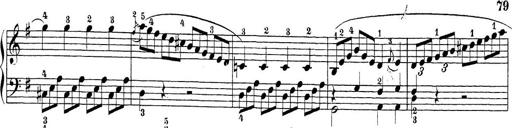
Title: Sonatina Album
Composer: Louis KÃ¶hler